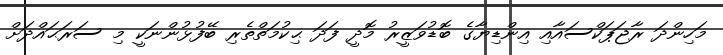
މަހިންދަ ރާޖަޕަކްސައާއި އިންޑިޔާގެ ބޮޑުވަޒީރު މޮދީ ފަދަ ޙިކުމަތްތެރި ބޭފުޅުންނަކީ މި ސަރަޙައްދަށް